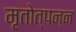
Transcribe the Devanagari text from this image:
मृतोत्पन्न